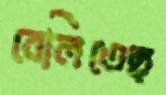
বেলিতেছ